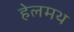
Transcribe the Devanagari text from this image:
हेलमथ